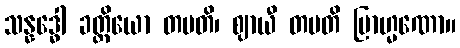
သန္နဒ္ဓေါ ခတ္တိယော တပတိ၊ ဈာယီ တပတိ ဗြာဟ္မဏော။